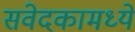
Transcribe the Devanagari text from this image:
संवेदकामध्ये